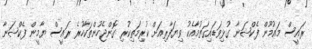
ރައީސް މައުމޫން ފެކްޝަނާ ގުޅިވަޑައިގަތުމާއެކު ވިޔަފާރިއަށް ކުރިމަތިކުރި ގޮންޖެހުންތަކާހުރެ ރައީސް ޔާމީން ފެކްޝަނާ